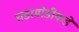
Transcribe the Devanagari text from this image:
घडामोडीकडे